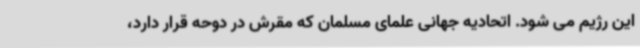
این رژیم می شود. اتحادیه جهانی علمای مسلمان که مقرش در دوحه قرار دارد،